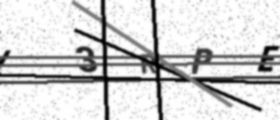
Text: I3RPE